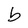
Character: b